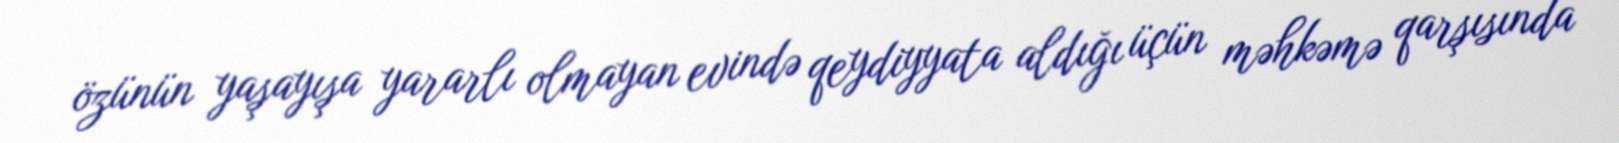
özünün yaşayışa yararlı olmayan evində qeydiyyata aldığı üçün məhkəmə qarşısında